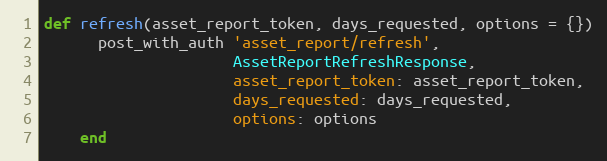
Language: Ruby
def refresh(asset_report_token, days_requested, options = {})
      post_with_auth 'asset_report/refresh',
                     AssetReportRefreshResponse,
                     asset_report_token: asset_report_token,
                     days_requested: days_requested,
                     options: options
    end